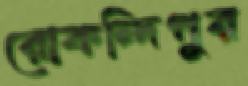
রোকন্দিপুর